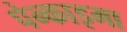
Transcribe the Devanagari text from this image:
पेन्काइमा